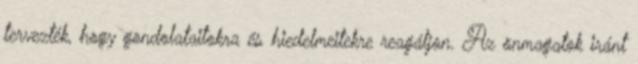
tervezték, hogy gondolataitokra és hiedelmeitekre reagáljon. Az önmagatok iránt